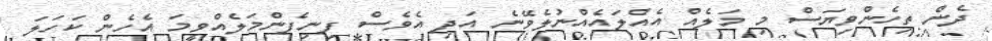
ދެން ތިހެންވިޔަސް މި މަލެއް އެއްލައެއްނުލެވޭނެ އަދި އެވެސް ފިނިފެންމަލެއްވީމަ އެހެން ކަހަލަ